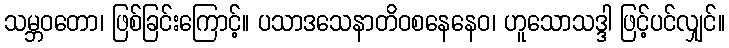
သမ္ဘဝတော၊ ဖြစ်ခြင်းကြောင့်။ ပသာဒသေနာတိဝစနေနေဝ၊ ဟူသောသဒ္ဒါ ဖြင့်ပင်လျှင်။